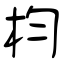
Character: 枃